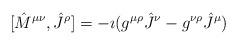
LaTeX: \begin{align*}[{\hat M}^{\mu\nu},{\hat J}^{\rho}]= -\imath (g^{\mu\rho}{\hat J}^{\nu}-g^{\nu\rho}{\hat J}^{\mu})\end{align*}